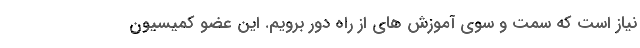
نیاز است که سمت و سوی آموزش های از راه دور برویم. این عضو کمیسیون